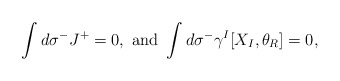
\begin{align*}\int d\sigma^- J^+=0, \mbox{ and } \int d\sigma^- \gamma^I [X_I,\theta_R] =0,\end{align*}